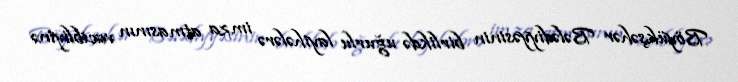
Böyükşəhər Bələdiyyəsinin birlikdə uğurlu layihələrə imza atmasının vacibliyinə